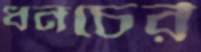
ধনচের